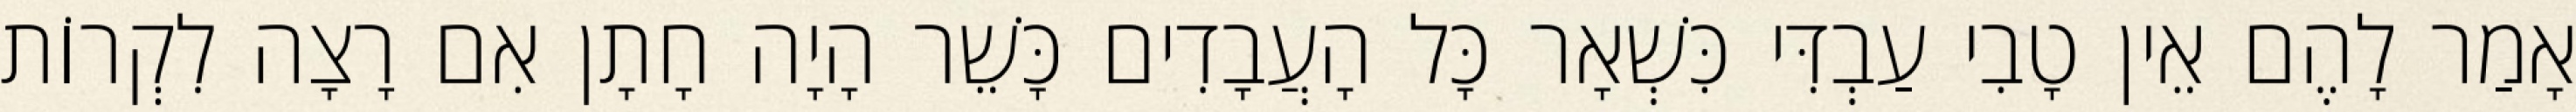
אָמַר לָהֶם אֵין טָבִי עַבְדִּי כִּשְׁאָר כָּל הָעֲבָדִים כָּשֵׁר הָיָה חָתָן אִם רָצָה לִקְרוֹת